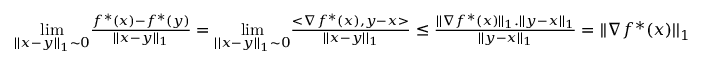
\begin{array} { r l } { } & { \underset { | | x - y | | _ { 1 } \sim 0 } { \operatorname* { l i m } } \frac { f ^ { * } ( x ) - f ^ { * } ( y ) } { | | x - y | | _ { 1 } } = \underset { | | x - y | | _ { 1 } \sim 0 } { \operatorname* { l i m } } \frac { < \nabla f ^ { * } ( x ) , y - x > } { | | x - y | | _ { 1 } } \leq \frac { | | \nabla f ^ { * } ( x ) | | _ { 1 } . | | y - x | | _ { 1 } } { | | y - x | | _ { 1 } } = | | \nabla f ^ { * } ( x ) | | _ { 1 } } \end{array}